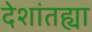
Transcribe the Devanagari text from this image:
देशांतह्या